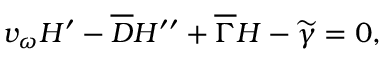
v _ { \omega } H ^ { \prime } - \overline { { { D } } } H ^ { \prime \prime } + \overline { { { \Gamma } } } H - \widetilde { \gamma } = 0 ,